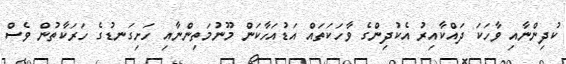
ކުދިންނާއި ވާހަކަ ދައްކާއިރު އެކުދިންގެ ވާހަކަތައް އަޑުއަހާކަން މޫނުމަތިންނާއި ހަށިގަނޑުގެ ހަރަކާތުން ވެސް